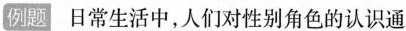
例题日常生活中，人们对性别角色的认识通